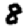
Digit: 8